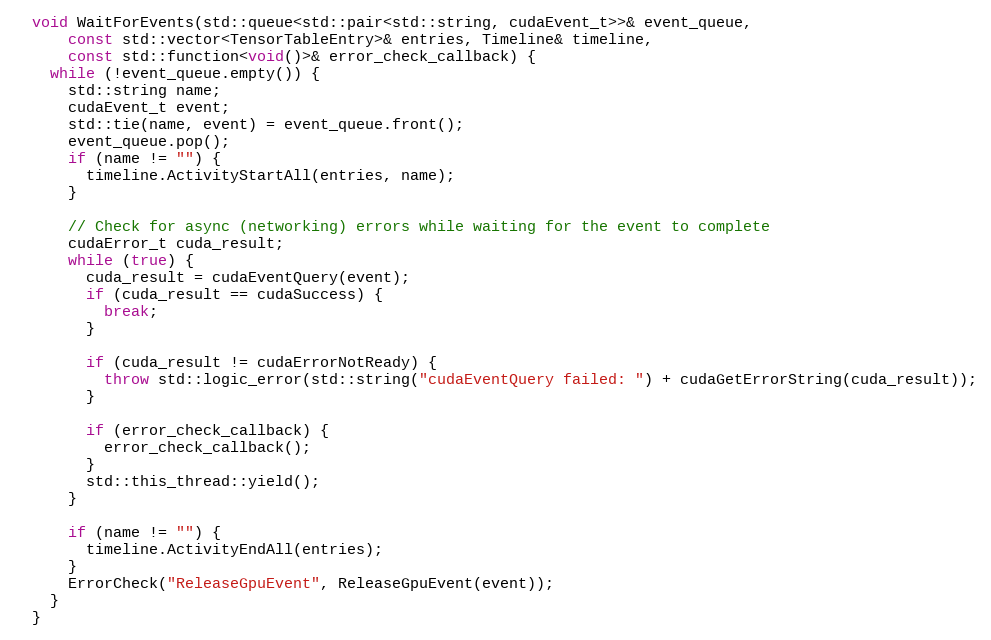
Language: C++
  void WaitForEvents(std::queue<std::pair<std::string, cudaEvent_t>>& event_queue,
      const std::vector<TensorTableEntry>& entries, Timeline& timeline,
      const std::function<void()>& error_check_callback) {
    while (!event_queue.empty()) {
      std::string name;
      cudaEvent_t event;
      std::tie(name, event) = event_queue.front();
      event_queue.pop();
      if (name != "") {
        timeline.ActivityStartAll(entries, name);
      }

      // Check for async (networking) errors while waiting for the event to complete
      cudaError_t cuda_result;
      while (true) {
        cuda_result = cudaEventQuery(event);
        if (cuda_result == cudaSuccess) {
          break;
        }

        if (cuda_result != cudaErrorNotReady) {
          throw std::logic_error(std::string("cudaEventQuery failed: ") + cudaGetErrorString(cuda_result));
        }

        if (error_check_callback) {
          error_check_callback();
        }
        std::this_thread::yield();
      }

      if (name != "") {
        timeline.ActivityEndAll(entries);
      }
      ErrorCheck("ReleaseGpuEvent", ReleaseGpuEvent(event));
    }
  }